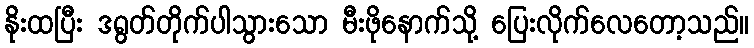
နိုးထပြီး ဒရွတ်တိုက်ပါသွားသော မီးဖိုနောက်သို့ ပြေးလိုက်လေတော့သည်။